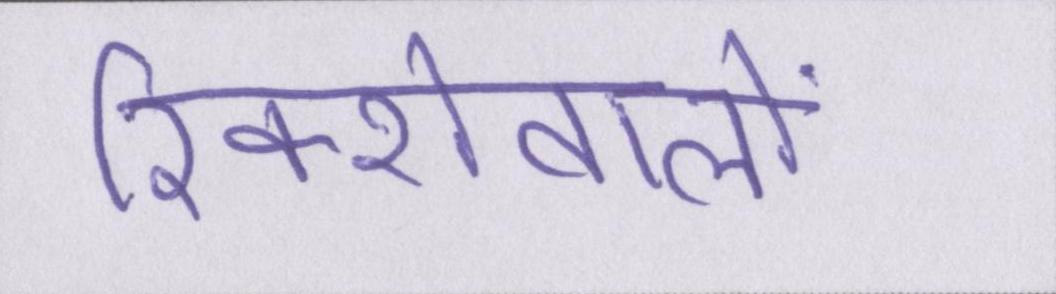
रिक्शेवालों